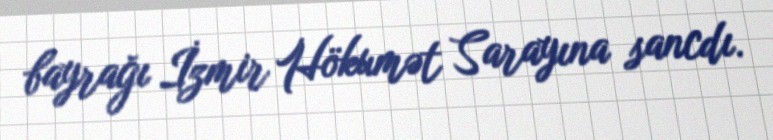
bayrağı İzmir Hökumət Sarayına sancdı.